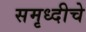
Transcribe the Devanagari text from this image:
समृध्‍दीचे